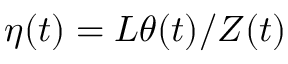
\eta ( t ) = L \theta ( t ) / Z ( t )